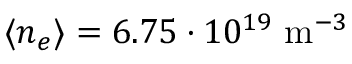
\langle n _ { e } \rangle = 6 . 7 5 \cdot 1 0 ^ { 1 9 } ~ \mathrm { m } ^ { - 3 }